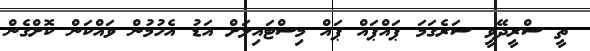
ތީ ސްރީދޭވީ ސަރެގަމަ ޕައްޕައް ޕައް މިސްޓައިލަށް އަޑު އެހުމުން ވައްކަން ކޮށްގެން